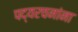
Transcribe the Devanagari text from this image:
पद्यरचनांना